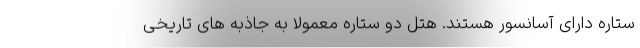
ستاره دارای آسانسور هستند. هتل دو ستاره معمولا به جاذبه های تاریخی